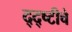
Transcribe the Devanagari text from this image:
द्द्ष्टीचे